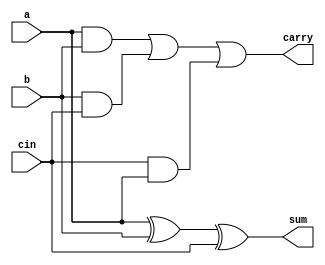
/* Assignment No.: 2 
   Problem No.: 1
   Semester: 5
   Group No.: G18
   Names: Debajyoti Kar (18CS10011), Sagnik Roy (18CS10063) */


//Module for a fulladder 
module fulladder1(input a, input b, input cin, output sum, output carry);
    wire temp1, temp2, temp3;
    xor(sum, a, b, cin);                         //sum = a ^ b ^ c
    and(temp1, a, b);
    and(temp2, b, cin);
    and(temp3, cin, a);
    or(carry, temp1, temp2, temp3);              //carry = ab + bc + ca
endmodule    


//Module for ripple carry adder 
module ripple_carry_adder(input [7:0]a, input [7:0]b, input cin, output [7:0]sum, output cout);
    wire temp0, temp1, temp2, temp3, temp4, temp5, temp6;
    
    //We need 8 fulladders for the 8 bits of the sum 
    fulladder1 fa1(.a(a[0]), .b(b[0]), .cin(cin), .sum(sum[0]), .carry(temp0));
    fulladder1 fa2(.a(a[1]), .b(b[1]), .cin(temp0), .sum(sum[1]), .carry(temp1));
    fulladder1 fa3(.a(a[2]), .b(b[2]), .cin(temp1), .sum(sum[2]), .carry(temp2));
    fulladder1 fa4(.a(a[3]), .b(b[3]), .cin(temp2), .sum(sum[3]), .carry(temp3));
    fulladder1 fa5(.a(a[4]), .b(b[4]), .cin(temp3), .sum(sum[4]), .carry(temp4));
    fulladder1 fa6(.a(a[5]), .b(b[5]), .cin(temp4), .sum(sum[5]), .carry(temp5));
    fulladder1 fa7(.a(a[6]), .b(b[6]), .cin(temp5), .sum(sum[6]), .carry(temp6));
    fulladder1 fa8(.a(a[7]), .b(b[7]), .cin(temp6), .sum(sum[7]), .carry(cout));
    //The last fulladder will generate the final carry of the sum (cout)
    
endmodule